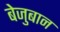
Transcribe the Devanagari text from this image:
बेजुबान